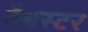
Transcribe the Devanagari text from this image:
वैबस्टर